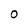
Character: 0